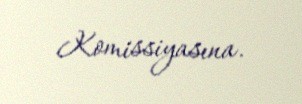
Komissiyasına.